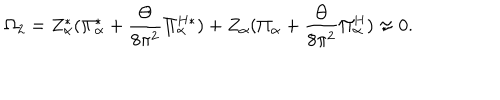
\Omega _ { 2 } = Z _ { \alpha } ^ { * } ( \Pi _ { \alpha } ^ { * } + \frac { \Theta } { 8 \pi ^ { 2 } } \Pi _ { \alpha } ^ { H * } ) + Z _ { \alpha } ( \Pi _ { \alpha } + \frac { \Theta } { 8 \pi ^ { 2 } } \Pi _ { \alpha } ^ { H } ) \approx 0 .